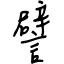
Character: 譬